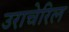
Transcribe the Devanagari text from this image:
उराचेरिल